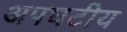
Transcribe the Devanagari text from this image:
अपघटीय